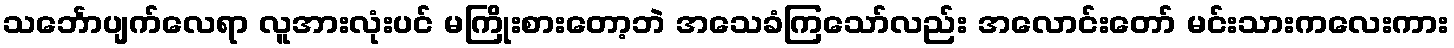
သင်္ဘောပျက်လေရာ လူအားလုံးပင် မကြိုးစားတော့ဘဲ အသေခံကြသော်လည်း အလောင်းတော် မင်းသားကလေးကား